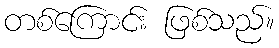
တစ်ကြောင်း ဖြစ်သည်။